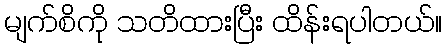
မျက်စိကို သတိထားပြီး ထိန်းရပါတယ်။